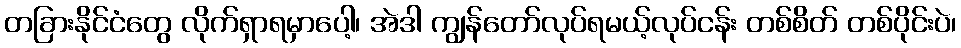
တခြားနိုင်ငံတွေ လိုက်ရှာရမှာပေါ့၊ အဲဒါ ကျွန်တော်လုပ်ရမယ့်လုပ်ငန်း တစ်စိတ် တစ်ပိုင်းပဲ၊